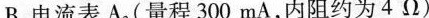
B.电流表A2(量程300mA，内阻约为4Ω)